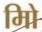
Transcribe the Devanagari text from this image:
मिो